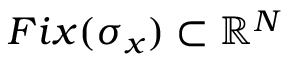
F i x ( \sigma _ { x } ) \subset \mathbb { R } ^ { N }